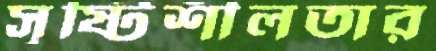
সৃষ্টিশীলতার